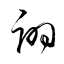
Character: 詡